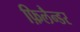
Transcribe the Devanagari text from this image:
फ़िलैन्डर